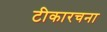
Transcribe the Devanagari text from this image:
टीकारचना